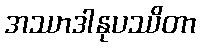
အဿာဒါနုပဿိတာ